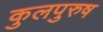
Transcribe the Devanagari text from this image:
कुलपुरुष